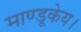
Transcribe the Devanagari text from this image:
माण्डूकेय।